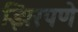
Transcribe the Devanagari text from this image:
झिरपणे